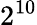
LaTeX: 2^{10}